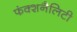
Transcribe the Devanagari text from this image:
फंक्शनैलिटी